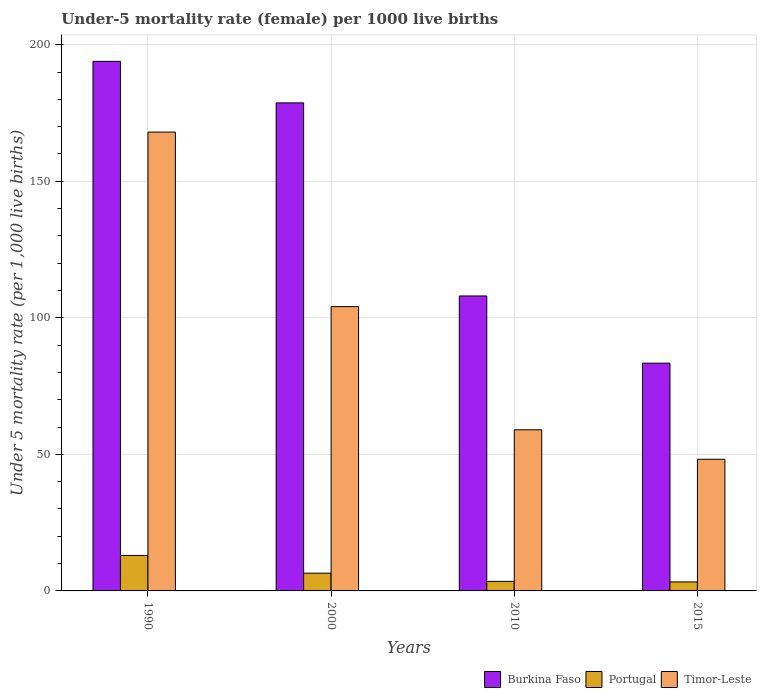
| Years | Burkina Faso | Portugal | Timor-Leste |
 | --- | --- | --- | --- |
 | 1990 | 194 | 13 | 168 |
 | 2000 | 179 | 6.5 | 104 |
 | 2010 | 108 | 3.5 | 59 |
 | 2015 | 83.4 | 3.3 | 48.2 |